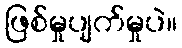
ဖြစ်မှုပျက်မှုပဲ။